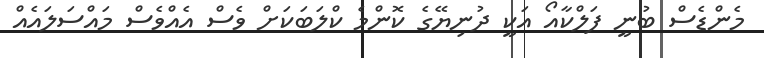
މެންޑެސް ބުނީ ފަލްކާއޯ އަކީ ދުނިޔޭގެ ކޮންމެ ކްލަބަކަށް ވެސް އެއްވެސް މައްސަލައެއް